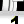
Digit: 1